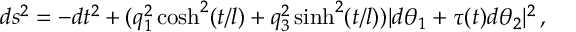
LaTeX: d s ^ { 2 } = - d t ^ { 2 } + ( q _ { 1 } ^ { 2 } \cosh ^ { 2 } ( t / l ) + q _ { 3 } ^ { 2 } \sinh ^ { 2 } ( t / l ) ) | d \theta _ { 1 } + \tau ( t ) d \theta _ { 2 } | ^ { 2 } \, ,